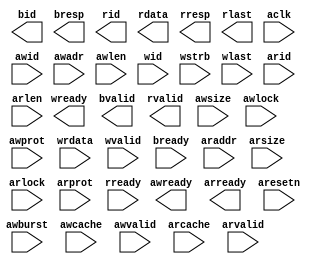
module axi_slave_bfm (/*AUTOARG*/
   // Outputs
   awready, wready, bid, bresp, bvalid, arready, rid, rdata, rresp,
   rlast, rvalid,
   // Inputs
   aclk, aresetn, awid, awadr, awlen, awsize, awburst, awlock,
   awcache, awprot, awvalid, wid, wrdata, wstrb, wlast, wvalid,
   bready, arid, araddr, arlen, arsize, arlock, arcache, arprot,
   arvalid, rready
   ) ;

   //
   // Global Signals
   //
   input wire aclk;
   input wire aresetn;   //Active LOW
   
   //
   // Write Address Channel
   //
   input wire [3:0] awid;     // Address Write ID
   input wire [31:0] awadr;   // Write Address
   input wire [3:0]  awlen;   // Burst Length
   input wire [2:0]  awsize;  // Burst Size
   input wire [1:0]  awburst; // Burst Type
   input wire [1:0]  awlock;  // Lock Type
   input wire [3:0]  awcache; // Cache Type
   input wire [2:0]  awprot;  // Protection Type
   input wire        awvalid; // Write Address Valid
   output reg        awready; // Write Address Ready

   //
   // Write Data Channel
   //
   input wire [3:0]  wid;     // Write ID
   input wire [31:0] wrdata;  // Write Data
   input wire [3:0]  wstrb;   // Write Strobes
   input wire        wlast;   // Write Last
   input wire        wvalid;  // Write Valid
   output reg        wready;  // Write Ready
   
   //
   // Write Response CHannel
   //
   output reg [3:0]  bid;    // Response ID
   output reg [1:0]  bresp;  // Write Response
   output reg        bvalid; // Write Response Valid
   input wire        bready; // Response Ready
   
   //
   // Read Address Channel
   //
   input wire [3:0]  arid;    // Read Address ID
   input wire [31:0] araddr;  // Read Address
   input wire [3:0]  arlen;   // Burst Length
   input wire [2:0]  arsize;  // Burst Size
   input wire [1:0]  arlock;  // Lock Type
   input wire [3:0]  arcache; // Cache Type
   input wire [2:0]  arprot;  // Protection Type
   input wire        arvalid; // Read Address Valid
   output reg        arready; // Read Address Ready
   output reg [3:0]  rid;     // Read ID
   output reg [31:0] rdata;   // Read Data
   output reg [1:0]  rresp;   // Read Response
   output reg        rlast;   // Read Last
   output reg        rvalid;  // Read Valid
   input  wire       rready;  // Read Ready
   
   
   
endmodule